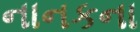
નાનકના